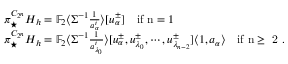
\begin{array} { r l } & { \pi _ { \bigstar } ^ { C _ { 2 ^ { n } } } H _ { h } = \mathbb { F } _ { 2 } \langle \Sigma ^ { - 1 } \frac { 1 } { a _ { \alpha } ^ { i } } \rangle [ u _ { \alpha } ^ { \pm } ] \quad \mathrm { i f ~ n = 1 ~ } } \\ & { \pi _ { \bigstar } ^ { C _ { 2 ^ { n } } } H _ { h } = \mathbb { F } _ { 2 } \langle \Sigma ^ { - 1 } \frac { 1 } { a _ { \lambda _ { 0 } } ^ { i } } \rangle [ u _ { \alpha } ^ { \pm } , u _ { \lambda _ { 0 } } ^ { \pm } , \cdots , u _ { \lambda _ { n - 2 } } ^ { \pm } ] \langle 1 , a _ { \alpha } \rangle \quad \mathrm { i f ~ n \geq ~ 2 ~ } . } \end{array}